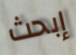
إبحث